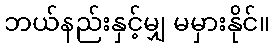
ဘယ်နည်းနှင့်မျှ မမှားနိုင်။